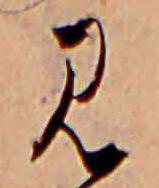
見